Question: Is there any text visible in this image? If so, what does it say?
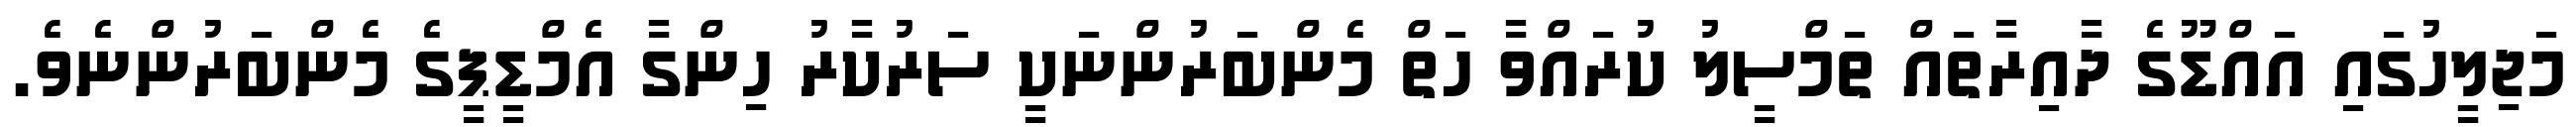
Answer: މަޖިލީހުގައި އައްޑޫގެ ދާއިރާތައް ތަމްސީލު ކުރައްވާ ހަތް މެންބަރުންނަކީ ސަރުކާރު ހިންގާ އެމްޑީޕީގެ މެންބަރުންނެވެ.